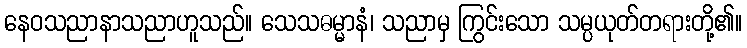
နေဝသညာနာသညာဟူသည်။ သေသဓမ္မာနံ၊ သညာမှ ကြွင်းသော သမ္ပယုတ်တရားတို့၏။